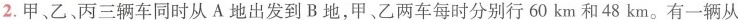
2.甲、乙、丙三辆车同时从A地出发到B地，甲、乙两车每时分别行60km和48km。有一辆从